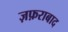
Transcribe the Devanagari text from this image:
ज़फ़राबाद